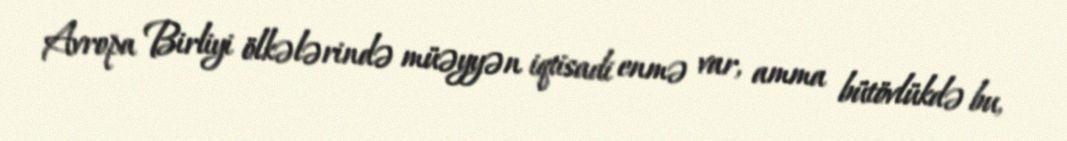
Avropa Birliyi ölkələrində müəyyən iqtisadi enmə var, amma bütövlükdə bu,